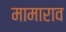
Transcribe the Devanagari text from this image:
मामाराव